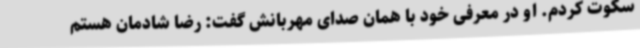
سکوت کردم. او در معرفی خود با همان صدای مهربانش گفت: رضا شادمان هستم